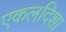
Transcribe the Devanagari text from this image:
एकलदिशा